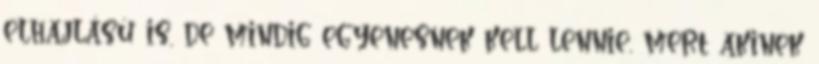
elhajlású is, de mindig egyenesnek kell lennie, mert akinek